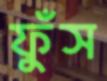
ফুঁস